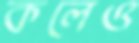
কলেও